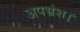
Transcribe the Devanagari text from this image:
अपभ्रंश।